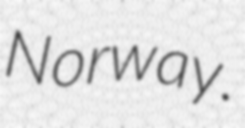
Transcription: Norway.